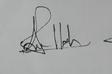
Signature authenticity: genuine